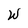
Character: W